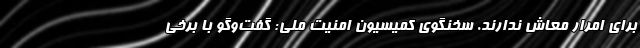
برای امرار معاش ندارند. سخنگوی کمیسیون امنیت ملی: گفت‌وگو با برخی